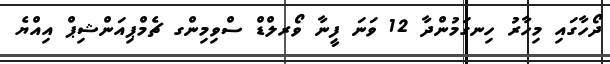
ދޯހާގައި މިހާރު ހިނގަމުންދާ 12 ވަނަ ފީނާ ވޯރލްޑް ސްވިމިންގ ޗެމްޕިއަންޝިޕް އިއްޔެ